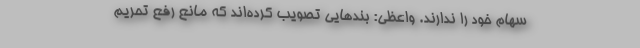
سهام خود را ندارند. واعظی: بندهایی تصویب کرده‌اند که مانع رفع تحریم